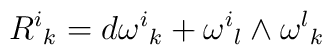
{{R}^{i}}_{k} = d{{\omega}^{i}}_{k} + {{\omega}^{i}}_{l} \wedge {{\omega}^{l}}_{k}